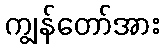
ကျွန်တော်အား